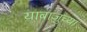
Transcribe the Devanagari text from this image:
याबाजुच्या